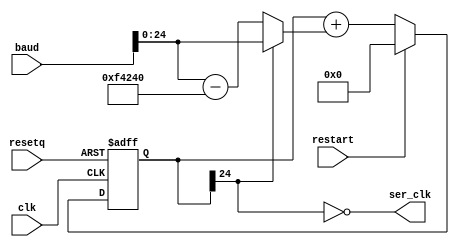
// Copyright (c) 2015 James Bowman
// Distributed under the MIT software license, see the accompanying
// file COPYING or http://www.opensource.org/licenses/mit-license.php.

// Borrowed from https://github.com/jamesbowman/swapforth/blob/master/j1a/icestorm/uart.v

`default_nettype none

module baudgen(
  input wire clk,
  input wire resetq,
  input wire [31:0] baud,
  input wire restart,
  output wire ser_clk);
  parameter CLKFREQ = 1000000;
  /* needs to be (CLKFREQ).bit_length() + 1 */
  parameter RWIDTH = 25;

  wire [RWIDTH-1:0] aclkfreq = CLKFREQ;
  reg [RWIDTH-1:0] d;
  wire [RWIDTH-1:0] dInc = d[RWIDTH-1] ? ({4'd0, baud}) : (({4'd0, baud}) - aclkfreq);
  wire [RWIDTH-1:0] dN = restart ? 0 : (d + dInc);
  wire fastclk = ~d[RWIDTH-1];
  assign ser_clk = fastclk;

  always @(negedge resetq or posedge clk)
  begin
    if (!resetq) begin
      d <= 0;
    end else begin
      d <= dN;
    end
  end
endmodule

/*

-----+     +-----+-----+-----+-----+-----+-----+-----+-----+-----+-----+----
     |     |     |     |     |     |     |     |     |     |     |     |
     |start|  1  |  2  |  3  |  4  |  5  |  6  |  7  |  8  |stop1|stop2|
     |     |     |     |     |     |     |     |     |     |     |  ?  |
     +-----+-----+-----+-----+-----+-----+-----+-----+-----+           +

*/

module uart(
   input wire clk,
   input wire resetq,

   output wire uart_busy,       // High means UART is transmitting
   output reg uart_tx,          // UART transmit wire

   input wire [31:0] baud,
   input wire uart_wr_i,        // Raise to transmit byte
   input wire [7:0] uart_dat_i
);
  parameter CLKFREQ = 1000000;

  reg [3:0] bitcount;           // 0 means idle, so this is a 1-based counter
  reg [8:0] shifter;

  assign uart_busy = |bitcount;
  wire sending = |bitcount;

  wire ser_clk;

  wire starting = uart_wr_i & ~uart_busy;
  baudgen #(.CLKFREQ(CLKFREQ)) _baudgen(
    .clk(clk),
    .resetq(resetq),
    .baud(baud),
    .restart(1'b0),
    .ser_clk(ser_clk));

  always @(negedge resetq or posedge clk)
  begin
    if (!resetq) begin
      uart_tx <= 1;
      bitcount <= 0;
      shifter <= 0;
    end else begin
      if (starting) begin
        shifter <= { uart_dat_i[7:0], 1'b0 };
        bitcount <= 1 + 8 + 1;    // 1 start, 8 data, 1 stop
      end

      if (sending & ser_clk) begin
        { shifter, uart_tx } <= { 1'b1, shifter };
        bitcount <= bitcount - 4'd1;
      end
    end
  end

endmodule

module rxuart(
   input wire clk,
   input wire resetq,
   input wire [31:0] baud,
   input wire uart_rx,      // UART recv wire
   input wire rd,           // read strobe
   output wire valid,       // has data 
   output wire [7:0] data); // data
  parameter CLKFREQ = 1000000;

  reg [4:0] bitcount;
  reg [7:0] shifter;

  // On starting edge, wait 3 half-bits then sample, and sample every 2 bits thereafter

  wire idle = &bitcount;
  wire sample;
  reg [2:0] hh = 3'b111;
  wire [2:0] hhN = {hh[1:0], uart_rx};
  wire startbit = idle & (hhN[2:1] == 2'b10);
  wire [7:0] shifterN = sample ? {hh[1], shifter[7:1]} : shifter;

  wire ser_clk;
  baudgen #(.CLKFREQ(CLKFREQ)) _baudgen(
    .clk(clk),
    .baud({baud[30:0], 1'b0}),
    .resetq(resetq),
    .restart(startbit),
    .ser_clk(ser_clk));

  assign valid = (bitcount == 18);
  reg [4:0] bitcountN;
  always @*
    if (startbit)
      bitcountN = 0;
    else if (!idle & !valid & ser_clk)
      bitcountN = bitcount + 5'd1;
    else if (valid & rd)
      bitcountN = 5'b11111;
    else
      bitcountN = bitcount;

  // 3,5,7,9,11,13,15,17
  assign sample = (bitcount > 2) & bitcount[0] & !valid & ser_clk;
  assign data = shifter;

  always @(negedge resetq or posedge clk)
  begin
    if (!resetq) begin
      hh <= 3'b111;
      bitcount <= 5'b11111;
      shifter <= 0;
    end else begin
      hh <= hhN;
      bitcount <= bitcountN;
      shifter <= shifterN;
    end
  end
endmodule

module buart(
   input wire clk,
   input wire resetq,
   input wire [31:0] baud,
   input wire rx,           // recv wire
   output wire tx,          // xmit wire
   input wire rd,           // read strobe
   input wire wr,           // write strobe
   output wire valid,       // has recv data 
   output wire busy,        // is transmitting
   input wire [7:0] tx_data,
   output wire [7:0] rx_data // data
);
  parameter CLKFREQ = 1000000;

  rxuart #(.CLKFREQ(CLKFREQ)) _rx (
     .clk(clk),
     .resetq(resetq),
     .baud(baud),
     .uart_rx(rx),
     .rd(rd),
     .valid(valid),
     .data(rx_data));
  uart #(.CLKFREQ(CLKFREQ)) _tx (
     .clk(clk),
     .resetq(resetq),
     .baud(baud),
     .uart_busy(busy),
     .uart_tx(tx),
     .uart_wr_i(wr),
     .uart_dat_i(tx_data));
endmodule